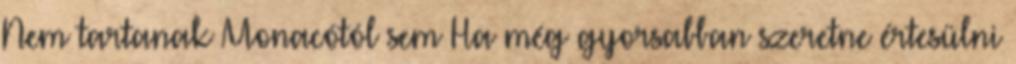
Nem tartanak Monacótól sem Ha még gyorsabban szeretne értesülni